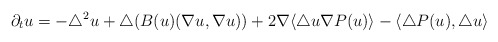
\begin{align*}\partial_t u =-\triangle^2 u +\triangle(B(u)(\nabla u,\nabla u)) +2\nabla \langle\triangle u\nabla P(u)\rangle -\langle \triangle P(u),\triangle u \rangle\end{align*}